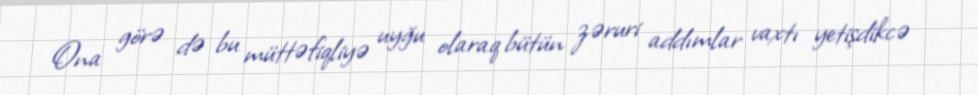
Ona görə də bu müttəfiqliyə uyğu olaraq bütün zəruri addımlar vaxtı yetişdikcə